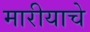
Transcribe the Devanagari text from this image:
मारीयाचे